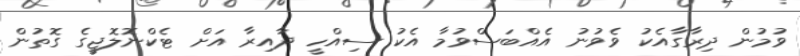
ވުމުން ދިރާގާއެކު ވެވުނު އެއްބަސްވުމާ އެކު ސިއްހީ ދާއިރާ އަށް ޓެކްނޮލޮޖީގެ ގޮތުން